Report on vaccination in Madras 1922-1929 - 1922-1929
Year: 1922
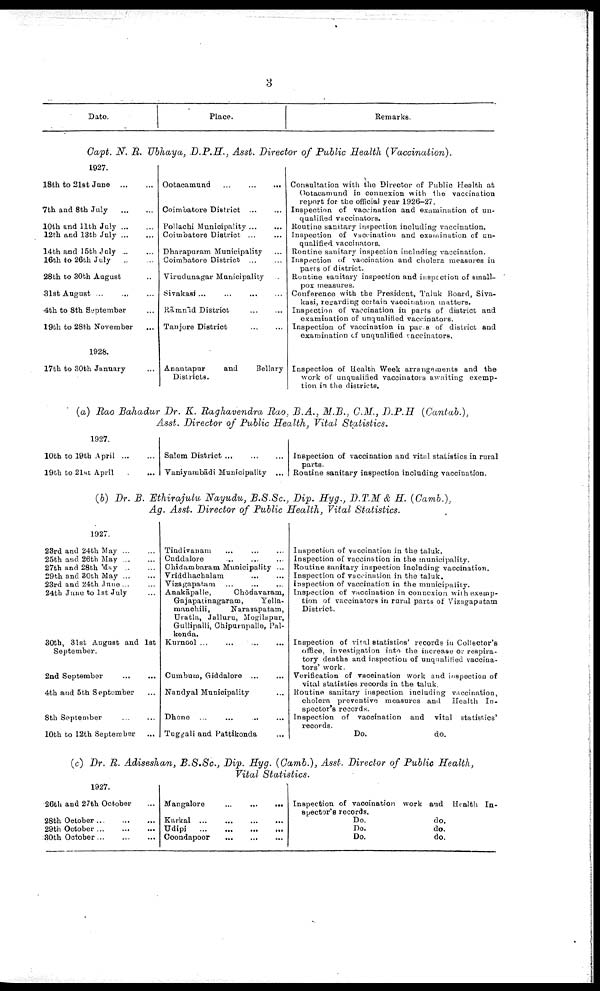
3
Date.
Place.
Remarks.
Capt. N. R. Ubhaya, D.P.H., Asst. Director of Public Health (Vaccination).
1927.
18th to 21st June
...
...
7th and 8th July
...
...
10th and 11th July
...
...
12th and 13th July
...
...
14th and 15th July
...
...
16th to 26th July
...
...
28th to 30th August ...
31st August
...
...
...
4th to 8th September ...
19th to 28th November ...
1928.
17th to 30th January ...
Ootacamund
...
...
...
Coimbatore District ... ...
Pollachi Municipality ... ...
Coimbatore District ... ...
Dharapuram Municipality ...
Coimbatore District
...
...
Virudunagar Municipality ...
Sivakasi
...
...
...
...
Rāmnld District
...
...
Tanjore District
...
...
Anantapur
and
Bellary
Districts.
Consultation with the Director of Public Health at
Ootacamund in connexion with the vaccination
report for the official year 1926-27.
Inspection of vaccination and examination of un
qualified vaccinators.
Routine sanitary inspection including vaccination.
Inspection of vaccination and examination of un
qualified vaccinators.
Routine sanitary inspection including vaccination.
Inspection of vaccination and cholera measures in
parts of district.
Routine sanitary inspection and inspection of small
pox measures.
Conference with the President, Taluk Board, Siva-
kasi, regarding certain vaccination matters.
Inspection of vaccination in parts of district and
examination of unqualified vaccinators.
Inspection of vaccination in parts of district and
examination of unqualified vaccinators.
Inspection of Health Week arrangements and the
work of unqualified vaccinators awaiting exemp
tion in the districts.
(a) Rao Bahadur Br. K. Raghavendra Rao, B.A., M.B., C.M., D.P.H
(Cantab.),
Asst. Director of Public Health, Vital Statistics.
1927.
10th to 19th April
...
...
19th to 21st April ... ...
Salem District ... ... ...
Vaniyambādi Municipality ...
Inspection of vaccination and vital statistics in rural
parts.
Routine sanitary inspection including vaccination.
(b) Dr. B. Ethirajulu Nayudu, B.S.Sc, Dip. Hyg., D.T.M & H. (Camb.),
Ag. Asst. Director of Public Health, Vital Statistics.
1927.
23rd and 24th May
...
...
25th and 26th May
...
...
27th and 28th May
...
...
29th and 30th May
...
...
23rd and 24th June ... ...
24th June to 1st July ...
30th, 31st August and 1st
September.
2nd September
...
...
4th and 5th September ...
8th September
...
...
10th to 12th September ...
Tindivanam
...
...
...
Cuddalore ... ... ...
Chidambaram Municipality ...
Vriddhachalam
...
...
...
Vizagapatam ...
... ...
Anakāpalle,
Chōdavaram,
Gajapatinagaram,
Yella-
manchili,
Narasapatam,
Uratla, Jalluru, Mogilapur,
Gullipalli, Chipurupalle, Pal-
konda.
Kurnool ...
...
...
...
Cumbum, Giddaloro ... ...
Nandyal Municipality ...
Dhone ...
...
...
...
Tuggali and Pattikonda ...
Inspection of vaccination in the taluk.
Inspection of vaccination in the municipality.
Routine sanitary inspection including vaccination.
Inspection of vaccination in the taluk.
Inspection of vaccination in the municipality.
Inspection of vaccination in connexion with exemp
tion of vaccinators in rural parts of Vizagapatam
District.
Inspection of vital statistics' records in Collector's
office, investigation into the increase or respira
tory deaths and inspection of unqualified vaccina
tors' work.
Verification of vaccination work and inspection of
vital statistics records in the taluk.
Routine sanitary inspection including vaccination,
cholera preventive measures and Health In
spector's records.
Inspection of vaccination and vital statistics'
records.
Do.
do.
(c) Dr. R. Adiseshan, B.S.Sc, Dip. Hyg. (Camb.), Asst. Director of Public Health,
Vital
Statistics.
1927.
26th and 27th October ...
28th October
...
...
...
29th October ... ... ...
30th October
...
...
...
Mangalore
...
...
...
Karkal
...
...
...
...
Udipi
...
...
...
...
Coondapoor
...
...
...
Inspection of vaccination work and Health In
spector's records.
Do.
do.
Do.
do.
Do.
do.